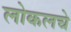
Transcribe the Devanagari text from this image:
लोकलचे